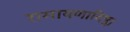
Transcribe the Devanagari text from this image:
रामायणादिषु।